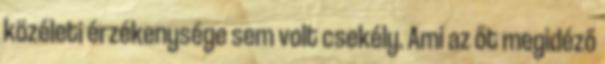
közéleti érzékenysége sem volt csekély. Ami az őt megidéző